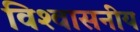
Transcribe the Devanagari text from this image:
विश्‍वासनीय